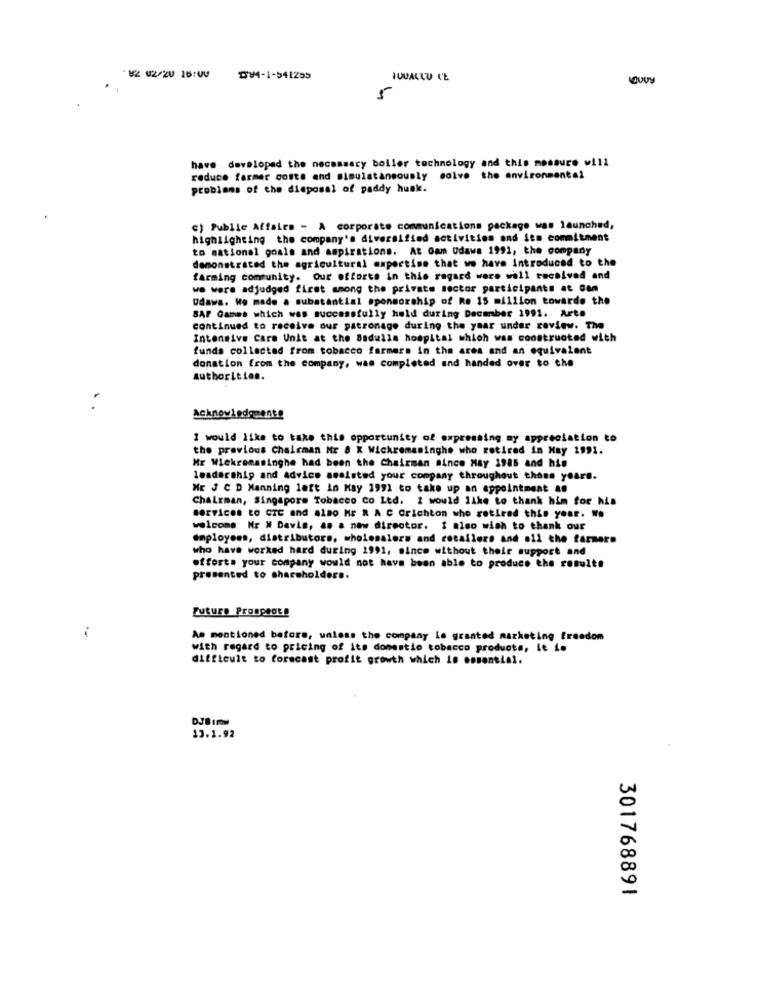
U2 02/20 16:00
DU4-1-541255
5
have developed the necessary boller technology and this measure will
reduce farmer costa and simulatansously solve the environmental
problems of the disposal of paddy hunk.
c) Public Affairs - A corporate communications package was launched,
highlighting the company's diversified activities and its commitment
to national goals and aspirations. At Gam Udawa 1991, the company
demonstrated the agricultural expertise that we have Introduced to the
farming community. Our efforts in this regard were well received and
we were adjudged first among the private sector participants at cam
Udawa. We made a substantial sponsorship of Ro 15 million towardo the
SAF Games which was successfully hold during December 1991. Art.
continued to receive our patronage during the year under review. The
Intensive Care Unit at the Badulla hospital which was constructed with
funds collected from tobacco farmers in the area and an equivalent
donation from the company, was completed and handed over to the
authorities.
Acknowledgmente
I would like to take this opportunity of expressing my appreciation to
the previous Chairman Mr 8 X Wickramasinghe who retired in May 1991.
Mr Wiekramasinghe had been the Chairman since May 1985 and his
leadership and advice assisted your company throughout those years.
ME J C D Manning left in Kay 1991 to take up an appointment as
Chairman, Singapore Tobacco Co Ltd. I would like to thank him for his
BOrVices LO CIE and ALBO HE R A C Crichton who retired this your. ..
welcome Hr W Davis, a. a new director. I also wish to thank our
employees, distributors, wholesalers and cocallers and oil the farmers
who have worked hard during 1991, since without their support and
efforts your company would not have been able to produce the results
presented to shareholders.
i
As mentioned before, unless the company le granted marketing freedom
with regard to pricing of its domestio tobacco products, ie 1.
difficult to forecast profit growth which is essential.
DJB 1PM
13.1.92
301768891